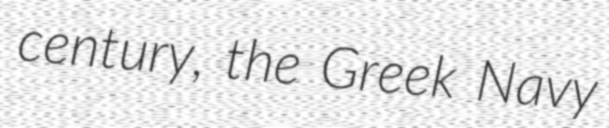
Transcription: century, the Greek Navy